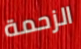
الزحمة